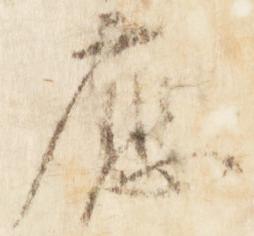
応